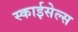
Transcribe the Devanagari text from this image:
स्काईसेल्स